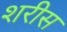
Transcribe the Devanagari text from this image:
शरीस